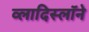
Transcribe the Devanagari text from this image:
व्लादिस्लॉने